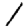
Digit: 1